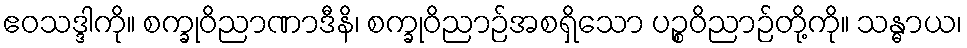
ဧဝသဒ္ဒါကို။ စက္ခုဝိညာဏာဒီနိ၊ စက္ခုဝိညာဉ်အစရှိသော ပဉ္စဝိညာဉ်တို့ကို။ သန္ဓာယ၊